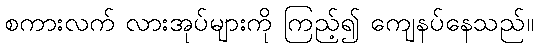
စကားလက် လားအုပ်များကို ကြည့်၍ ကျေနပ်နေသည်။